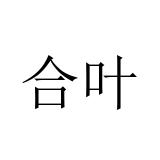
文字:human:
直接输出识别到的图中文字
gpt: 合叶